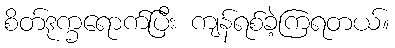
စိတ်ဒုက္ခရောက်ပြီး ကျန်ရစ်ခဲ့ကြရတယ်။